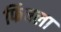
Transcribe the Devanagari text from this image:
फिंचला